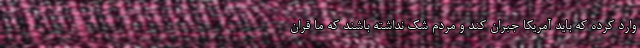
وارد کرده که باید آمریکا جبران کند و مردم شک نداشته باشند که ما قران